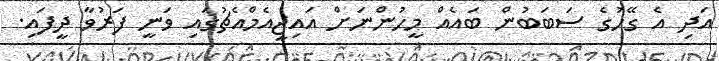
އަދި އެ ގޭހުގެ ސަބަބުން ބައެއް މީހުންނަށް އައިޖީއެމްއެޗުގައި ވަނީ ފަރުވާ ދީފައި.